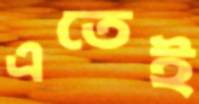
এতেই